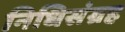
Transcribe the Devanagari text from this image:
निधिसंग्रह